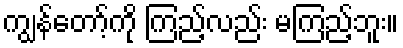
ကျွန်တော့်ကို ကြည့်လည်း မကြည့်ဘူး။